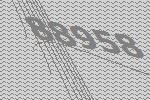
88958